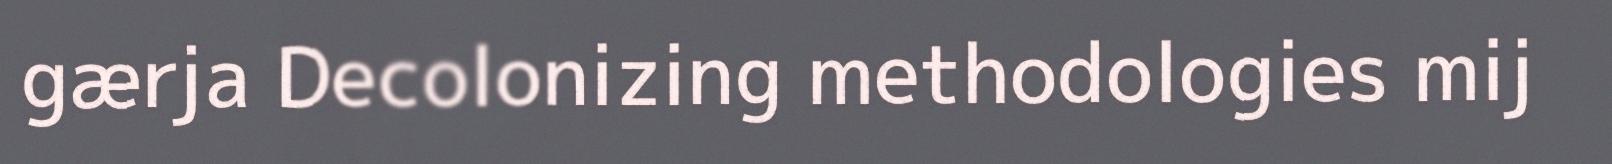
gærja Decolonizing methodologies mij